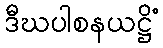
ဒီဃပါစနယဋ္ဌိံ